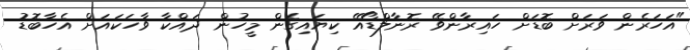
"އަހަރެން ވަރަށް ބޮޑަށް ހައިރާންވޭ ރޮނާލްޑޯއޭ ކިޔައިގެން މީހުން ދައްކާ ވާހަކައަށް އެހާބޮޑު